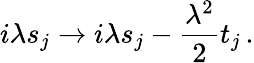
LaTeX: i\lambda s_{j}\to i\lambda s_{j}-\frac{\lambda^{2}}{2}t_{j}\, .